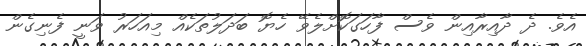
އެވެ. ދެ ދާއިރާއިން ވެސް ފާހަގަކޮށްލެވޭ ހެޔޮ ބަދަލުތަކެއް މިއަހަރު ވަނީ ފެނިގެން